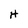
Character: H